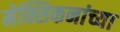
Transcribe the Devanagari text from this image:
मेक्सिकनांच्या